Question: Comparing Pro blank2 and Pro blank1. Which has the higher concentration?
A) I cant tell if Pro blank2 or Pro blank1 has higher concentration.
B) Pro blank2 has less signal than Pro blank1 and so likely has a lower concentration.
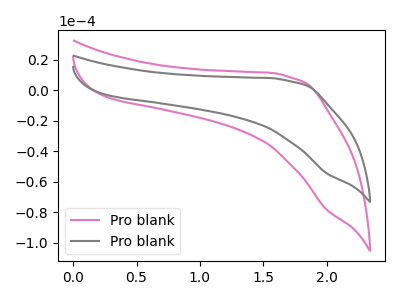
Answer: <think>The pink curve "Pro blank1" has no peaks. The gray curve "Pro blank2" has no peaks.
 Neither "Pro blank2" or "Pro blank1" have any peaks.</think>
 <answer>A) I cant tell if "Pro blank2" or "Pro blank1" has higher concentration.</answer>
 <eval>A</eval>